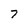
Character: 7